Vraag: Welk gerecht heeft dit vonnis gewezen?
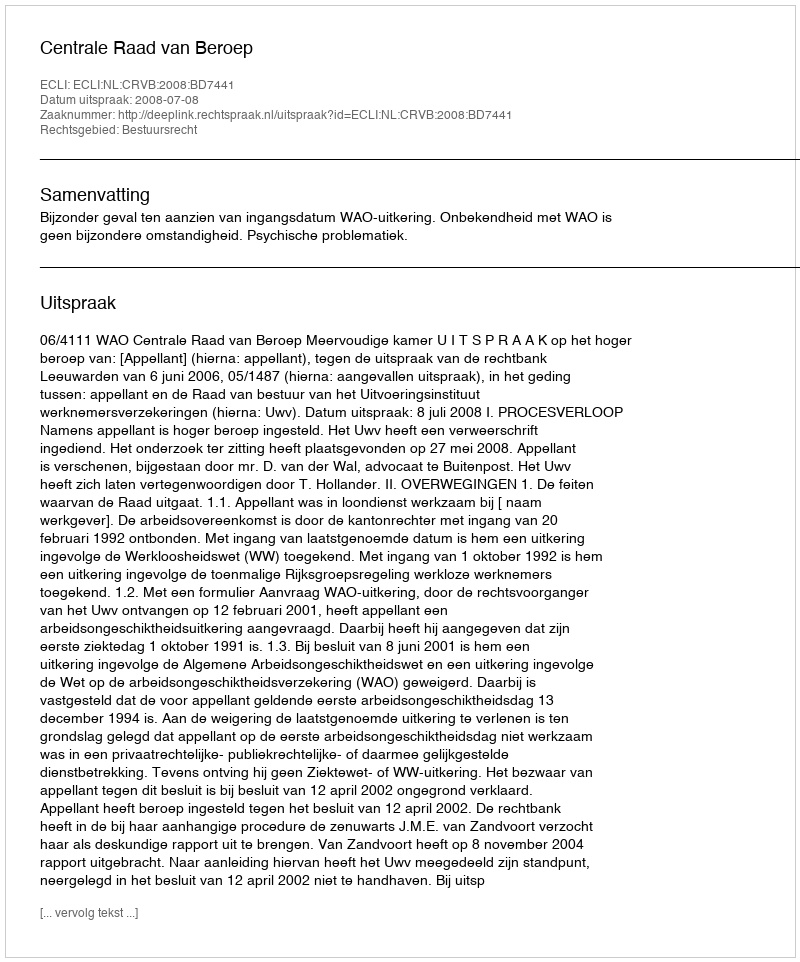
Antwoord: Centrale Raad van Beroep